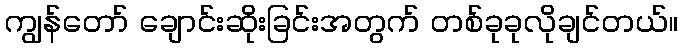
ကျွန်တော် ချောင်းဆိုးခြင်းအတွက် တစ်ခုခုလိုချင်တယ်။